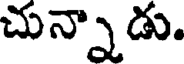
చున్నాడు.